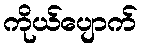
ကိုယ်ပျောက်